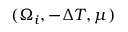
( \Omega _ { i } , - \Delta T , \mu )